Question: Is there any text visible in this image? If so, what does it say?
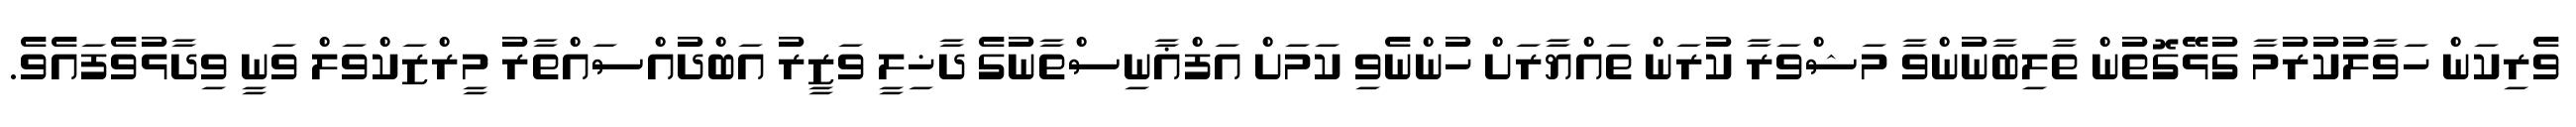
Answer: ވެރިކަން ހަވާލުކުރުމާ ގުޅޭގޮތުން ތާލިބާނުންވާ މަޝްވަރާ ކުރަން ތައްޔާރަށް ހުންނެވި ކަމަށް އަފްޣާނިސްތާނުގެ ދާޚިލީ ވަޒީރު އަބްދުއްސައްތާރު މީރްޒަކްވަލް ވަނީ ވިދާޅުވެފައެވެ.